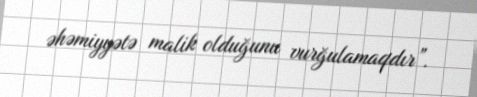
əhəmiyyətə malik olduğunu vurğulamaqdır”.